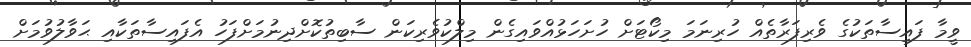
ވީމާ ފައިސާތަކުގެ ވެރިފަރާތެއް ހުރިނަމަ މިކޯޓަށް ހުށަހަޅުއްވައިގެން މިލްކުވެރިކަން ސާބިތުކޮށްދިނުމަށްފަހު އެފައިސާތަކާއި ޙަވާލުވުމަށް